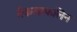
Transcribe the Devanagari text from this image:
मैकलाफलिन